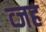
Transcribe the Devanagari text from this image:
व्जह